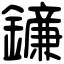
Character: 䥥